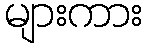
များကား